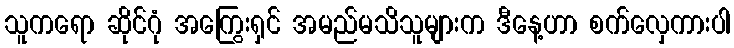
သူကရော ဆိုင်ဂုံ အကြွေးရှင် အမည်မသိသူများက ဒီနေ့ဟာ စက်လှေကားပါ